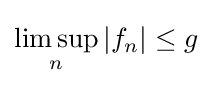
\limsup _{n}|f_{n}|\leq g